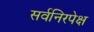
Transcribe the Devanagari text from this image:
सर्वनिरपेक्ष